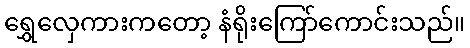
ရွှေလှေကားကတော့ နံရိုးကြော်ကောင်းသည်။